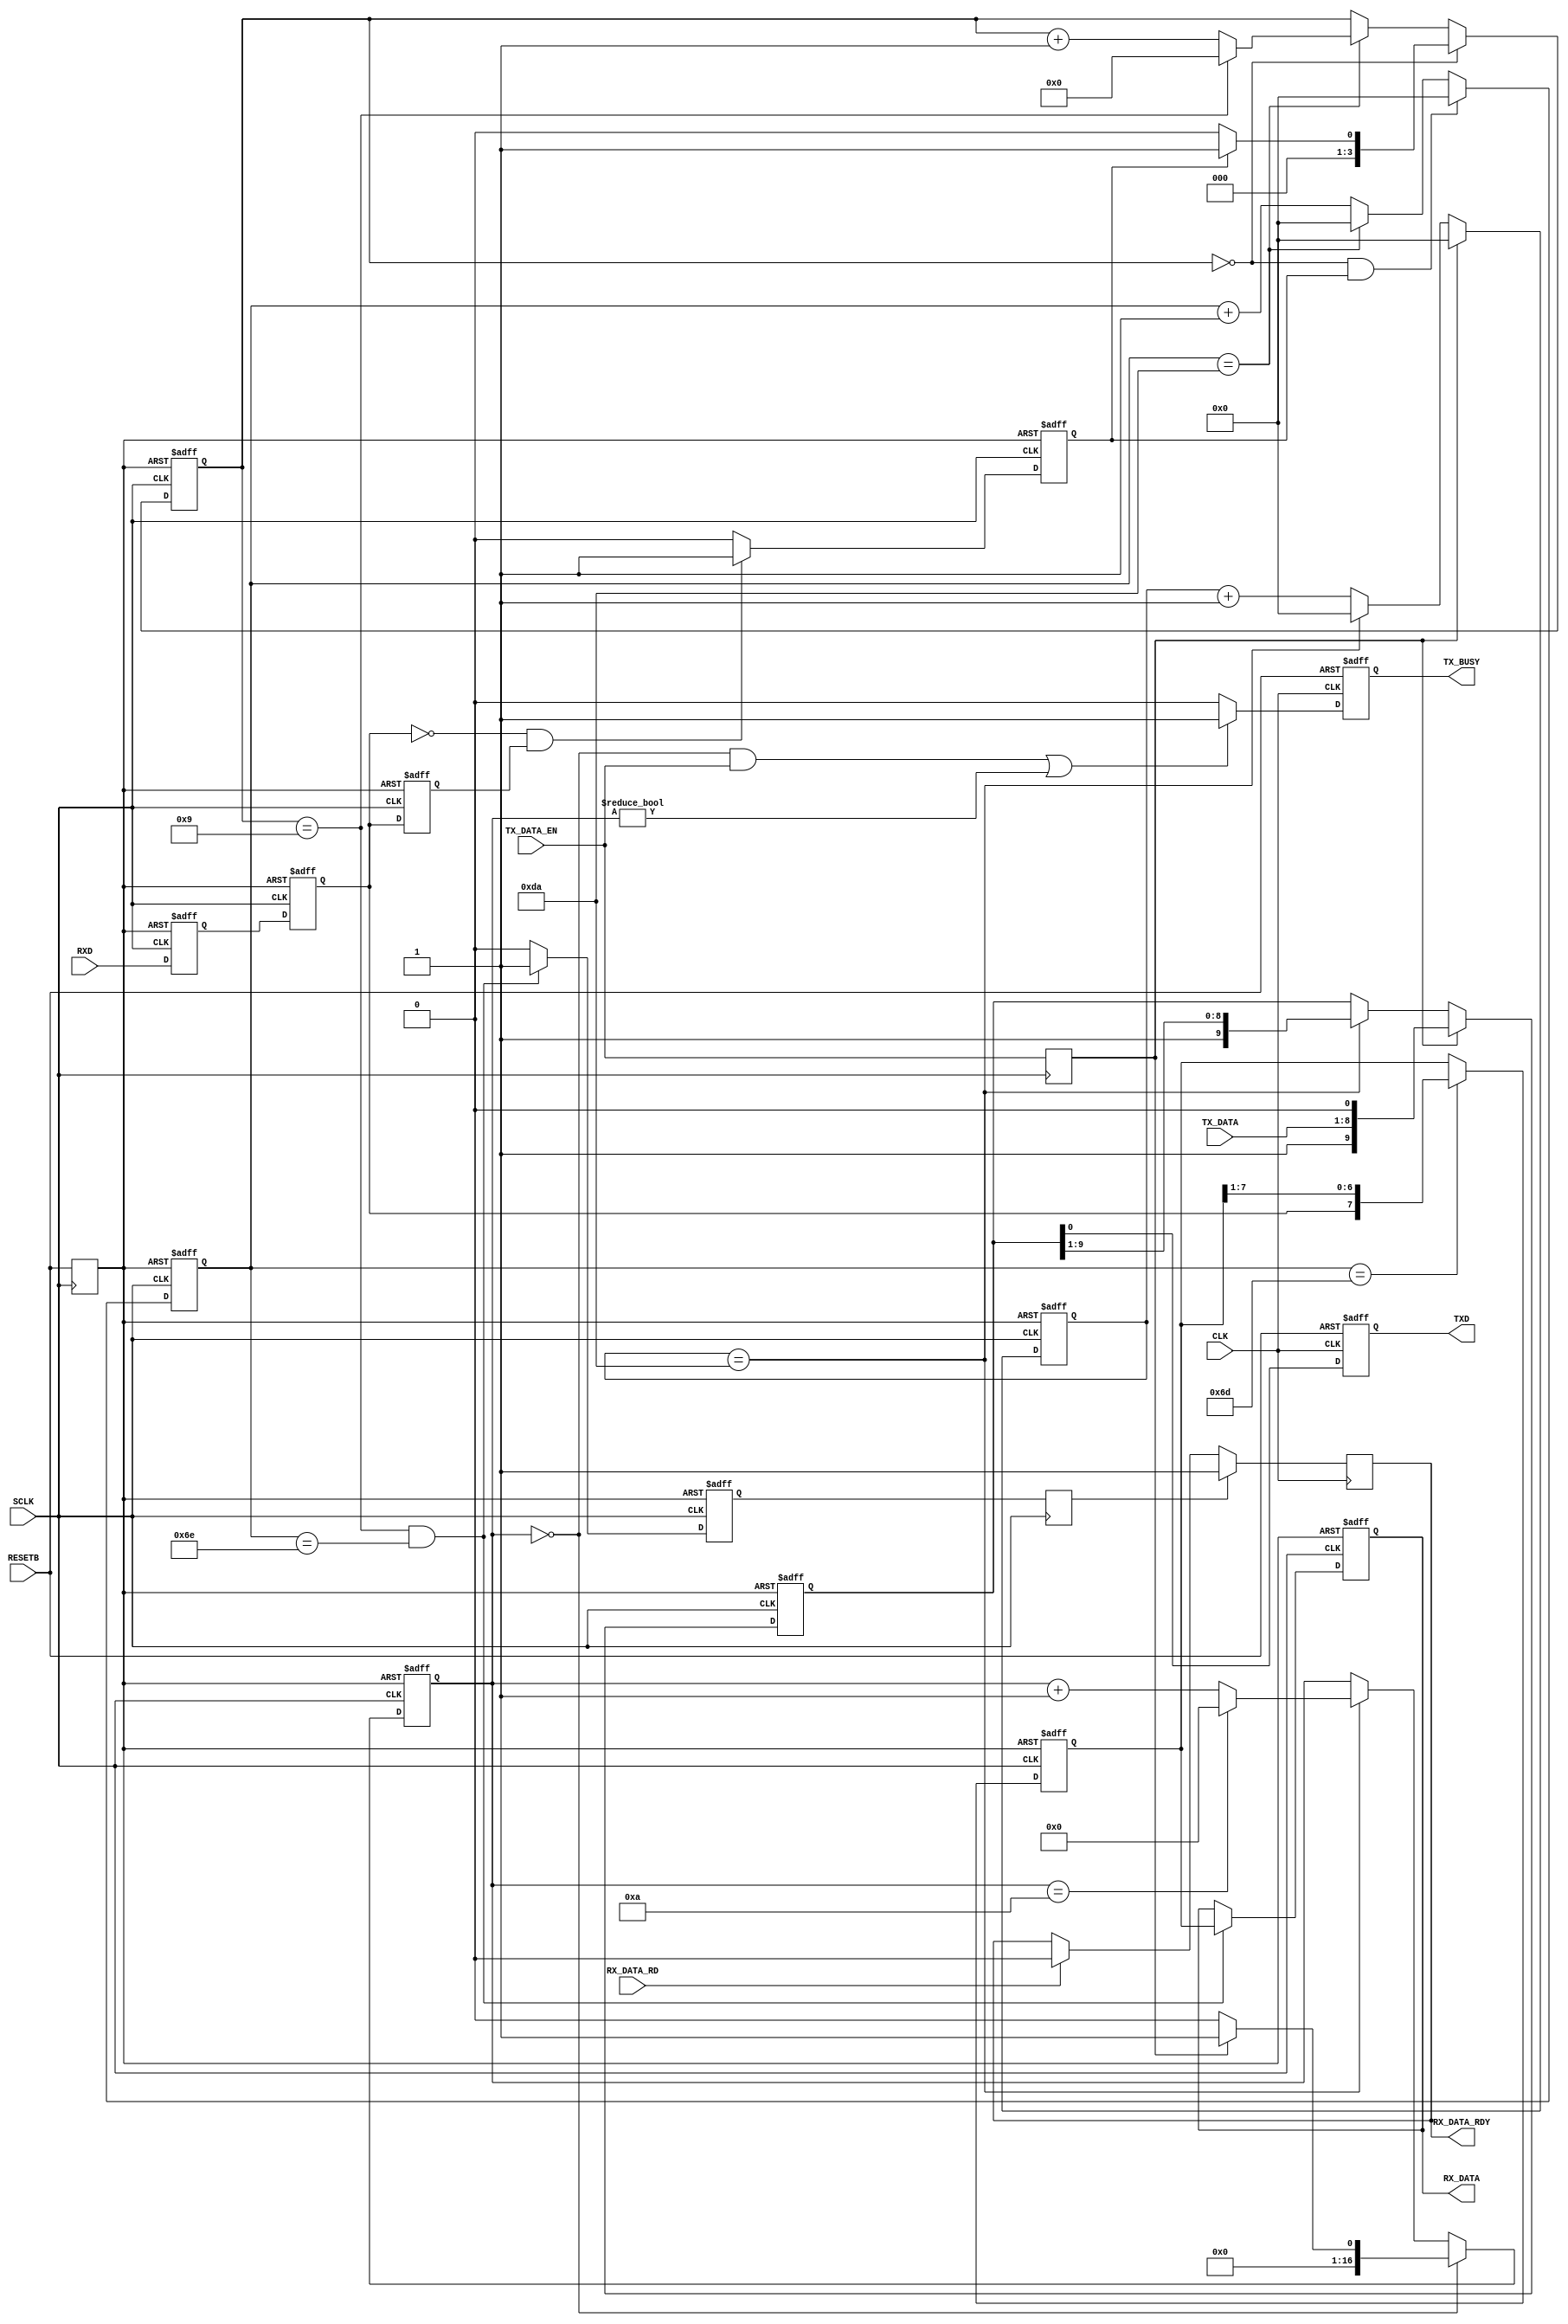
// 
// 
// http://www.hmwr-lsi.co.jp   
// fpga@hmwr-lsi.co.jp
// History
// -.-- 2010/ 8/27
// -.-- 2015/ 4/16 JIS->SJIS
// -.-- 2018/ 7/02  
// -.-- 2022/10/22  
//******************************************************************************
module rs232c(
RESETB, CLK, SCLK, TXD, RXD, TX_DATA, TX_DATA_EN, TX_BUSY, RX_DATA, RX_DATA_RD, RX_DATA_RDY);
//            PIN NAME        description        
input         RESETB;        // power on reset    
input         CLK;           // cpu clk          
input         SCLK;          // serial clk(25.175MHz)          
//                                      
output        TXD;            //serial tx data    
input         RXD;            //serial rx data
input    [7:0]TX_DATA;        //tx data 8bit
input         TX_DATA_EN;         //tx commond
output        TX_BUSY;        //tx busy
output   [7:0]RX_DATA;        //rx data 8bit
input         RX_DATA_RD;     //rx data read
output        RX_DATA_RDY;     //rx data ready
//
        
//parameter       p_bit_end_count    =12'd433; // 115.2Kbps clk=50.0MHz
//parameter       p_bit_end_count    =12'd351; // 115.2Kbps clk=40.5MHz
//parameter       p_bit_end_count    =12'd213; // 115.2Kbps clk=24.75MHz
parameter       p_bit_end_count    =12'd218; // 115.2Kbps clk=25.175MHz
  
reg        TXD;         //serial tx data   
reg        TX_BUSY;        //tx busy
reg   [7:0]RX_DATA;        //rx data 8bit
reg        RX_DATA_EN;     //rx data enable 
//reg        RX_BUSY;        //Rx busy
//
   reg  [11:0]   tx_time_cnt;  //1bit clks counter
   reg  [11:0]   rx_time_cnt;  //1bit clks counter
//
   reg           rxd_d1, rxd_d2, rxd_d3, rxd_chg;
   reg [3:0]     rx_data_cnt;
   reg [16:0]    tx_data_cnt;
   reg [9:0]     txd_tmp;
   reg [7:0]     rx_data_tmp;

//
//
//
reg RESETB_C, TX_DATA_EN_C, RX_DATA_EN_C;
always @(posedge SCLK) begin
	RESETB_C <= RESETB;
	TX_DATA_EN_C <= TX_DATA_EN;
	RX_DATA_EN <= RX_DATA_EN_C;
end   
//
//  
//
//1bit   
always @(posedge SCLK or negedge RESETB_C) begin
  if (RESETB_C==1'b0) tx_time_cnt <= 12'd0;
  else
    if (TX_DATA_EN_C==1'b1)                     tx_time_cnt <= 12'd0;
    else if (tx_time_cnt == p_bit_end_count ) tx_time_cnt <= 12'd0;
    else                                      tx_time_cnt <=  tx_time_cnt +12'd1;
end   
//
//      
//  bit
always @(posedge SCLK or negedge RESETB_C) begin
  if (RESETB_C==1'b0) tx_data_cnt <= 17'd0 ;
  else
    if(tx_data_cnt == 17'd0) 
      if (TX_DATA_EN_C==1'b1)         tx_data_cnt <= 17'd1 ;
      else                          tx_data_cnt <= 17'd0 ;
    else if (tx_time_cnt == p_bit_end_count )
      if (tx_data_cnt == (17'd10) ) tx_data_cnt <= 17'd0 ;
      else                          tx_data_cnt <=   tx_data_cnt + 17'd1;
    else                            tx_data_cnt <=   tx_data_cnt ;
end     
//
// 
// 
always @(posedge SCLK or negedge RESETB_C) begin
  if (RESETB_C==1'b0) txd_tmp <= 10'h3ff;
  else
    if (TX_DATA_EN_C==1'b1)                     txd_tmp <= {1'b1,TX_DATA,1'b0};       
    else if (tx_time_cnt == p_bit_end_count ) txd_tmp <= {1'b1,txd_tmp[9:1]} ; 
    else                                      txd_tmp <= txd_tmp ;
end          

//
// 
//     
always @(posedge CLK or negedge RESETB) begin
  if (RESETB==1'b0) TXD <= 1'b1 ;
  else              TXD <= txd_tmp[0];
end

//
// 
//    
always @(posedge CLK or negedge RESETB) begin
  if (RESETB==1'b0) TX_BUSY <= 1'b0 ;
  else
    if (((tx_data_cnt == 4'd0)&&(TX_DATA_EN==1'b1))||(tx_data_cnt != 4'd0)) TX_BUSY <= 1'b1 ;
    else                                                                    TX_BUSY <= 1'b0 ;
end

//    
//
//
//1bit   
always @(posedge SCLK or negedge RESETB_C) begin
  if (RESETB_C==1'b0) rx_time_cnt <= 12'd0;
  else
    if ((rx_data_cnt == 4'd0)&&(rxd_chg==1'b1)) rx_time_cnt <= 12'd0;
    else if (rx_time_cnt == p_bit_end_count )   rx_time_cnt <= 12'd0;
    else                                        rx_time_cnt <= rx_time_cnt +12'd1;
end         
      
//  bit
always @(posedge SCLK or negedge RESETB_C) begin
  if (RESETB_C==1'b0) rx_data_cnt <= 4'd0 ;
  else
    if (rx_data_cnt == 4'd0)
      if (rxd_chg==1'b1) rx_data_cnt <= 4'd1 ;
      else               rx_data_cnt <= 4'd0 ;
    else if (rx_time_cnt == p_bit_end_count )
      if (rx_data_cnt == (4'd9)) rx_data_cnt <= 4'd0 ;
      else                       rx_data_cnt <= rx_data_cnt + 4'd1;
    else
       rx_data_cnt <=   rx_data_cnt ;
end     

//
always @(posedge SCLK or negedge RESETB_C) begin
  if (RESETB_C==1'b0) begin rxd_d1 <= 1'b1 ; rxd_d2 <= 1'b1 ; rxd_d3 <= 1'b1 ; rxd_chg <= 1'b0 ; end
  else begin
      rxd_d1 <= RXD ; rxd_d2 <= rxd_d1 ; rxd_d3 <= rxd_d2 ;
      if ((rxd_d2==1'b0)&&(rxd_d3==1'b1)) rxd_chg <=1'b1 ;
      else                                rxd_chg <= 1'b0;
    end
end

//   
always @(posedge SCLK or negedge RESETB_C) begin
  if (RESETB_C==1'b0) rx_data_tmp <= 8'd0 ;
  else
    if (rx_time_cnt == {1'b0,p_bit_end_count [11:1]})
      rx_data_tmp <= {rxd_d2,rx_data_tmp[7:1]};
    else
      rx_data_tmp <= rx_data_tmp;
end

//     
always @(posedge SCLK or negedge RESETB_C) begin
  if (RESETB_C==1'b0) begin RX_DATA <= 8'd0 ; RX_DATA_EN_C <= 1'b0; end
  else
    if ((rx_data_cnt == 17'd9)&&(rx_time_cnt == {1'b0,p_bit_end_count [11:1]}+12'd1))
      begin RX_DATA <= rx_data_tmp ; RX_DATA_EN_C <= 1'b1 ; end
    else
      begin RX_DATA <= RX_DATA ; RX_DATA_EN_C <= 1'b0 ; end
end

// 
reg RX_DATA_RDY=0;
always @(posedge CLK) begin
    if(RX_DATA_EN) RX_DATA_RDY <= 1;
    else 
	   if(RX_DATA_RD==1) RX_DATA_RDY <= 0; 
  end
/*
// 
always @(posedge SCLK or negedge RESETB_C) begin
  if (RESETB_C==1'b0) RX_BUSY <= 1'b0 ;
  else
    if (rx_data_cnt != 4'd0) RX_BUSY <= 1'b1 ;
    else                     RX_BUSY <= 1'b0 ;
end
*/       
endmodule